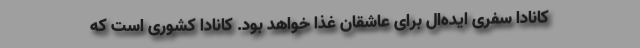
کانادا سفری ایده‌ال برای عاشقان غذا خواهد بود. کانادا کشوری است که